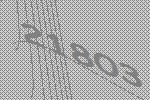
21803